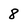
Character: 8